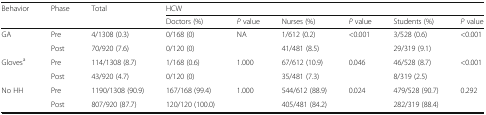
<table><thead><tr><td rowspan="2"><b>Behavior</b></td><td rowspan="2"><b>Phase</b></td><td rowspan="2"><b>Total</b></td><td colspan="6"><b>HCW</b></td></tr><tr><td><b>Doctors (%)</b></td><td><b><i>P</i> value</b></td><td><b>Nurses (%)</b></td><td><b><i>P</i> value</b></td><td><b>Students (%)</b></td><td><b><i>P</i> value</b></td></tr></thead><tbody><tr><td rowspan="2">GA</td><td>Pre</td><td>4/1308 (0.3)</td><td>0/168 (0)</td><td rowspan="2">NA</td><td>1/612 (0.2)</td><td rowspan="2">&lt;0.001</td><td>3/528 (0.6)</td><td rowspan="2">&lt;0.001</td></tr><tr><td>Post</td><td>70/920 (7.6)</td><td>0/120 (0)</td><td>41/481 (8.5)</td><td>29/319 (9.1)</td></tr><tr><td rowspan="2">Gloves<sup>a</sup></td><td>Pre</td><td>114/1308 (8.7)</td><td>1/168 (0.6)</td><td rowspan="2">1.000</td><td>67/612 (10.9)</td><td rowspan="2">0.046</td><td>46/528 (8.7)</td><td rowspan="2">&lt;0.001</td></tr><tr><td>Post</td><td>43/920 (4.7)</td><td>0/120 (0)</td><td>35/481 (7.3)</td><td>8/319 (2.5)</td></tr><tr><td rowspan="2">No HH</td><td>Pre</td><td>1190/1308 (90.9)</td><td>167/168 (99.4)</td><td rowspan="2">1.000</td><td>544/612 (88.9)</td><td rowspan="2">0.024</td><td>479/528 (90.7)</td><td rowspan="2">0.292</td></tr><tr><td>Post</td><td>807/920 (87.7)</td><td>120/120 (100.0)</td><td>405/481 (84.2)</td><td>282/319 (88.4)</td></tr></tbody></table>